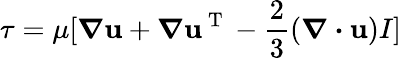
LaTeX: \tau=\mu[\boldsymbol{\nabla}\boldsymbol{\mathbf{u}}+\boldsymbol{\nabla}\boldsymbol{\mathbf{u}}^{\mathrm{{~T~}}}-\frac{{2}}{{3}}(\boldsymbol{\nabla\cdot}\boldsymbol{\mathbf{u}})I]